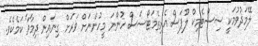
ލޭމަދުވުމަކީ ސިސްޓެމިކް ލޫޕަސް އެރިތެމަޓޯސަސް ހުންނަ މީހުންނަށް ވަރަށް ގިނައިން ދިމާވާ ކަމެކެވެ.